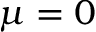
\mu = 0